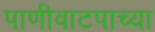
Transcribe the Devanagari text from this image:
पाणीवाटपाच्या